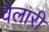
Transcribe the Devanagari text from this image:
वैलारी